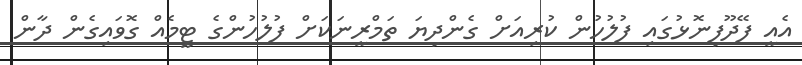
އެއީ ފޭދޫފިނޮޅުގައި ފުލުހުން ކުރިއަށް ގެންދިޔަ ތަމްރީނަކަށް ފުލުހުންގެ ޓީމެއް ގޮވައިގެން ދާން